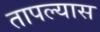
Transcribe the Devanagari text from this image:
तापल्यास